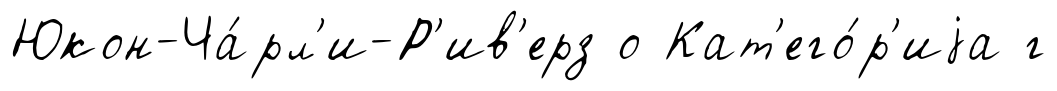
Юкон-Ча́рл'и-Р'ив'ерз о Кат'его́р'иjа г